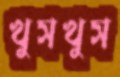
খুসখুস